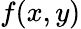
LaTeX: f(x,y)